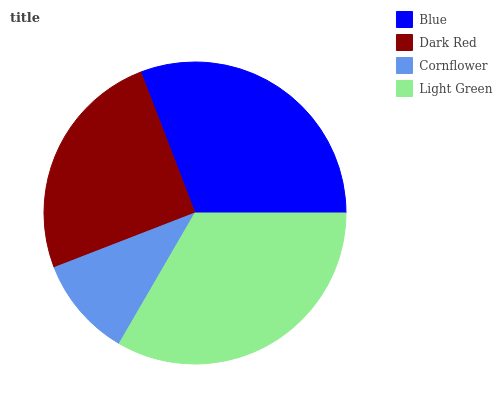
| Blue | Dark Red | Cornflower | Light Green |
 | --- | --- | --- | --- |
 | 30.9% | 25% | 10.7% | 33.4% |